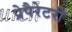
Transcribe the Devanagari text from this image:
प्रेपैरेटरी